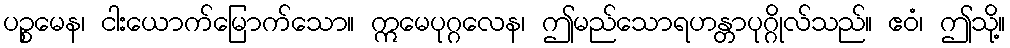
ပဉ္စမေန၊ ငါးယောက်မြောက်သော။ ဣမေပုဂ္ဂလေန၊ ဤမည်သောရဟန္တာပုဂ္ဂိုလ်သည်။ ဧဝံ၊ ဤသို့။